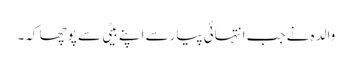
والدہ نے جب انتہائی پیارسے اپنے بیٹی سے پوچھا کہ۔